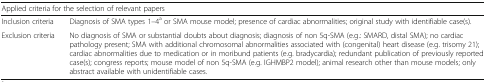
<table><thead><tr><td colspan="2"><b>Applied criteria for the selection of relevant papers</b></td></tr></thead><tbody><tr><td>Inclusion criteria</td><td>Diagnosis of SMA types 1–4<sup>a</sup> or SMA mouse model; presence of cardiac abnormalities; original study with identifiable case(s).</td></tr><tr><td>Exclusion criteria</td><td>No diagnosis of SMA or substantial doubts about diagnosis; diagnosis of non 5q-SMA (e.g.: SMARD, distal SMA); no cardiac pathology present; SMA with additional chromosomal abnormalities associated with (congenital) heart disease (e.g. trisomy 21); cardiac abnormalities due to medication or in moribund patients (e.g. bradycardia); redundant publication of previously reported case(s); congress reports; mouse model of non 5q-SMA (e.g. IGHMBP2 model); animal research other than mouse models; only abstract available with unidentifiable cases.</td></tr></tbody></table>